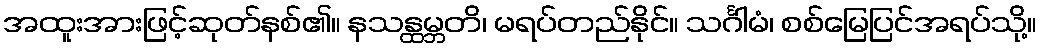
အထူးအားဖြင့်ဆုတ်နစ်၏။ နသန္ထမ္ဘတိ၊ မရပ်တည်နိုင်။ သင်္ဂါမံ၊ စစ်မြေပြင်အရပ်သို့။